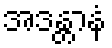
အဒန္တာနံ